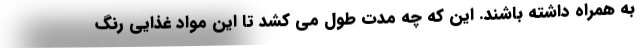
به همراه داشته باشند. این که چه مدت طول می کشد تا این مواد غذایی رنگ